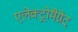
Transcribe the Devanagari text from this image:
एलेक्ट्रोमैग्नेट्